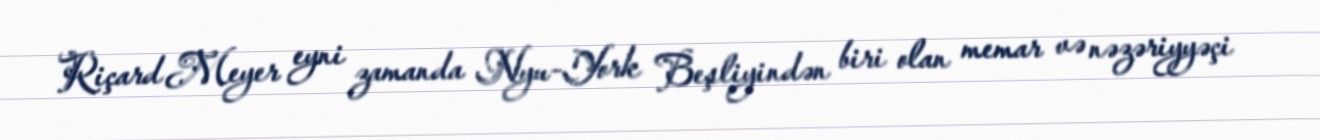
Riçard Meyer eyni zamanda Nyu-York Beşliyindən biri olan memar və nəzəriyyəçi